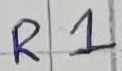
Text: R1